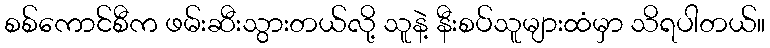
စစ်ကောင်စီက ဖမ်းဆီးသွားတယ်လို့ သူနဲ့ နီးစပ်သူများထံမှာ သိရပါတယ်။